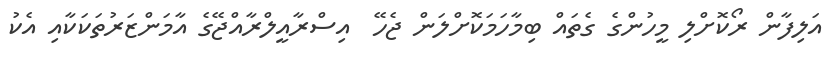
އަލިފާން ރޯކޮށްލި މީހުންގެ ގެތައް ބިމާހަމަކޮށްލަން ޖެހޭ  އިސްރާއީލްރާއްޖޭގެ އާމަންޒަރުތަކަކާއި އެކު